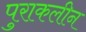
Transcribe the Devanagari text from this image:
पुराकलीन